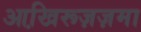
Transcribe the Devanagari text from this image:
आखि़रूज़ज़मा